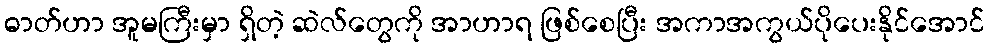
ဓာတ်ဟာ အူမကြီးမှာ ရှိတဲ့ ဆဲလ်တွေကို အာဟာရ ဖြစ်စေပြီး အကာအကွယ်ပိုပေးနိုင်အောင်